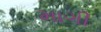
માગી